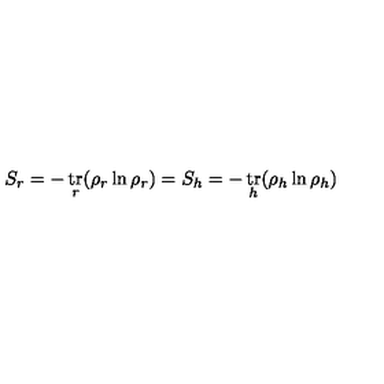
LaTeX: S _ { r } = - \mathop { \mathrm { t r } } _ { r } ( \rho _ { r } \ln \rho _ { r } ) = S _ { h } = - \mathop { \mathrm { t r } } _ { h } ( \rho _ { h } \ln \rho _ { h } )